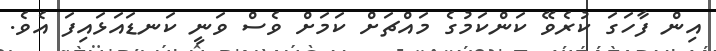
އިން ފާހަގަ ކުރެވޭ ކަންކަމުގެ މައްޗަށް ކަމަށް ވެސް ވަނީ ކަނޑައަޅައިފަ އެވެ.